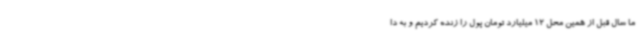
ما سال قبل از همین محل 12 میلیارد تومان پول را زنده کردیم و به دا